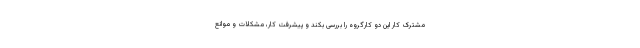
مشترک کار این دو کارگروه را بررسی بکند و پیشرفت کار، مشکلات و موانع